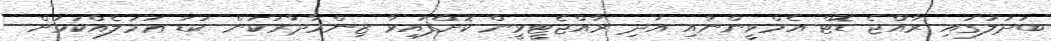
ބަދަލުގައި ރާއްޖެ ޑޮޓް އެމްވީންނާއި އަދި ރާއްޖެޓީވީން ކޮށްފައިވާ ޒިންމާދާރުކަން ކުޑަ ޢަމަލެއްކަމަށް